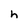
Character: h